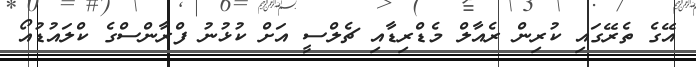
އޭގެ ތެރޭގައި ކުރިން ރެއާލް މެޑްރިޑާއި ޗެލްސީ އަށް ކުޅުނު ފްރާންސްގެ ކްލައުޑުއޯ